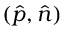
( \hat { p } , \hat { n } )